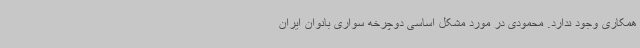
همکاری وجود ندارد. محمودی در مورد مشکل اساسی دوچرخه سواری بانوان ایران